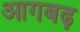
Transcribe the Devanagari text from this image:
आगबढ़